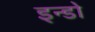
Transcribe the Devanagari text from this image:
इन्डो